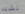
تشبه